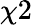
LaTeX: \chi 2